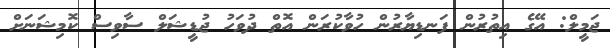
ޖަމީލް: އޭގެ އިތުރުން ފަނޑިޔާރުން ހުވާކުރަން އޮތް ދުވަހު ޖުޑީޝަލް ސާވިސް ކޮމިޝަނަށް